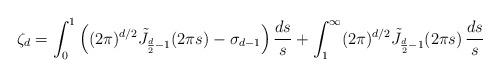
LaTeX: \begin{align*}\zeta_d = \int_0^1\Big((2\pi)^{d/2}\tilde{J}_{\frac{d}{2}-1}(2\pi s) - \sigma_{d-1}\Big)\,\frac{ds}{s} + \int_1^{\infty}(2\pi)^{d/2}\tilde{J}_{\frac{d}{2}-1}(2\pi s)\,\frac{ds}{s}\end{align*}